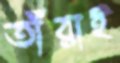
তাঁরাই